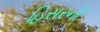
હિસરની